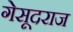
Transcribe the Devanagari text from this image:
गेसूदराज